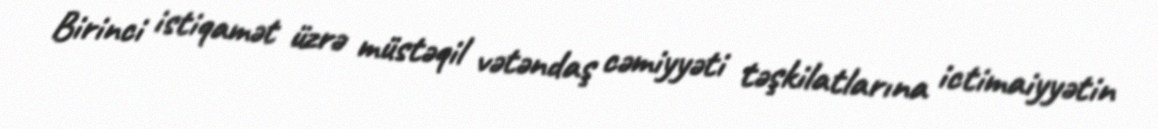
Birinci istiqamət üzrə müstəqil vətəndaş cəmiyyəti təşkilatlarına ictimaiyyətin